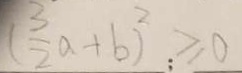
( \frac { 3 } { 2 } a + b ) ^ { 2 } _ { ; } \geq 0